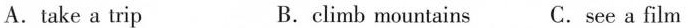
A.take a trip B.climb mountains C.see a film